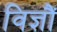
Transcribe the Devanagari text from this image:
विज्ञौं